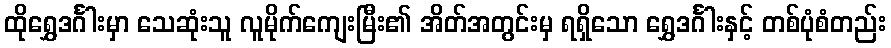
ထိုရွှေဒင်္ဂါးမှာ သေဆုံးသူ လူမိုက်ကျေးမြီး၏ အိတ်အတွင်းမှ ရရှိသော ရွှေဒင်္ဂါးနှင့် တစ်ပုံစံတည်း